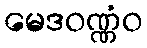
မေဒဝဏ္ဏံဝ